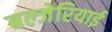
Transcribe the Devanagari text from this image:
बल्जेरियाई